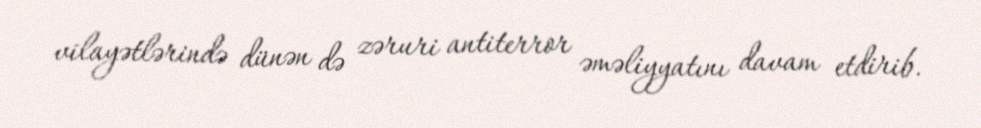
vilayətlərində dünən də zəruri antiterror əməliyyatını davam etdirib.